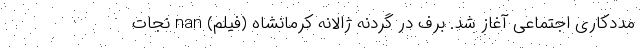
مددکاری اجتماعی آغاز شد. برف در گردنه ژالانه کرمانشاه (فیلم) nan نجات